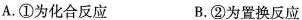
A.①为化合反应 B.②为置换反应